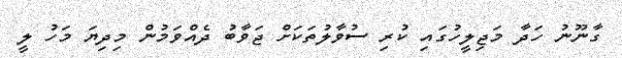
ގާނޫނު ހަދާ މަޖިލީހުގައި ކުރި ސުވާލުތަކަށް ޖަވާބު ދެއްވަމުން މިދިޔަ މަހު ލީ